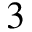
3